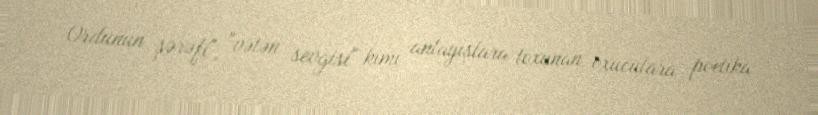
Ordunun şərəfi", "vətən sevgisi" kimi anlayışlara toxunan, oxuculara poetika